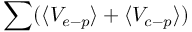
\sum ( \langle V _ { e - p } \rangle + \langle V _ { c - p } \rangle )